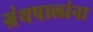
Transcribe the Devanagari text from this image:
ग्रंथपालांना